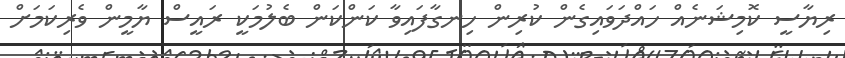
ރިޔާސީ ކޮމިޝަނެއް ހައްދަވައިގެން ކުރިން ހިނގާފައިވާ ކަންކަން ބެލުމަކީ ރައީސް ޔާމީން ވެރިކަމަށް